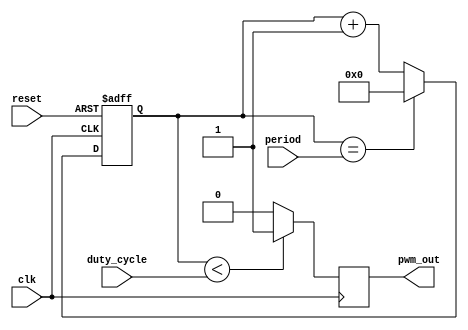
module PWM_timer (
    input wire clk,
    input wire reset,
    input wire [15:0] period,
    input wire [15:0] duty_cycle,
    output reg pwm_out
);

reg [15:0] counter;

always @(posedge clk or posedge reset) begin
    if (reset) begin
        counter <= 16'd0;
    end else begin
        if (counter == period) begin
            counter <= 16'd0;
        end else begin
            counter <= counter + 16'd1;
        end
    end
end

always @(posedge clk) begin
    if (counter < duty_cycle) begin
        pwm_out <= 1'b1;
    end else begin
        pwm_out <= 1'b0;
    end
end

endmodule